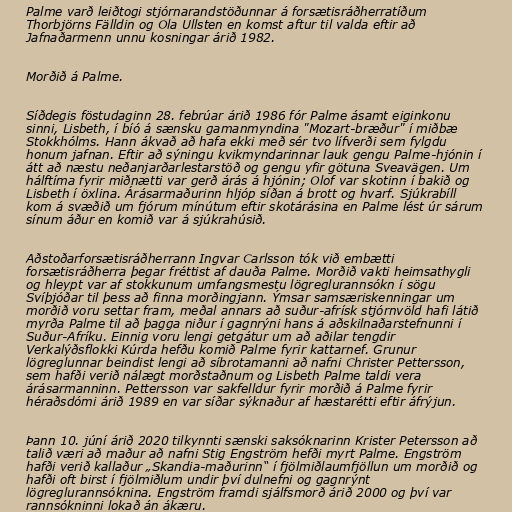
Palme varð leiðtogi stjórnarandstöðunnar á forsætisráðherratíðum
Thorbjörns Fälldin og Ola Ullsten en komst aftur til valda eftir að
Jafnaðarmenn unnu kosningar árið 1982.

Morðið á Palme.

Síðdegis föstudaginn 28. febrúar árið 1986 fór Palme ásamt eiginkonu
sinni, Lisbeth, í bíó á sænsku gamanmyndina "Mozart-bræður" í miðbæ
Stokkhólms. Hann ákvað að hafa ekki með sér tvo lífverði sem fylgdu
honum jafnan. Eftir að sýningu kvikmyndarinnar lauk gengu Palme-hjónin í
átt að næstu neðanjarðarlestarstöð og gengu yfir götuna Sveavägen. Um
hálftíma fyrir miðnætti var gerð árás á hjónin; Olof var skotinn í bakið og
Lisbeth í öxlina. Árásarmaðurinn hljóp síðan á brott og hvarf. Sjúkrabíll
kom á svæðið um fjórum mínútum eftir skotárásina en Palme lést úr sárum
sínum áður en komið var á sjúkrahúsið.

Aðstoðarforsætisráðherrann Ingvar Carlsson tók við embætti
forsætisráðherra þegar fréttist af dauða Palme. Morðið vakti heimsathygli
og hleypt var af stokkunum umfangsmestu lögreglurannsókn í sögu
Svíþjóðar til þess að finna morðingjann. Ýmsar samsæriskenningar um
morðið voru settar fram, meðal annars að suður-afrísk stjórnvöld hafi látið
myrða Palme til að þagga niður í gagnrýni hans á aðskilnaðarstefnunni í
Suður-Afríku. Einnig voru lengi getgátur um að aðilar tengdir
Verkalýðsflokki Kúrda hefðu komið Palme fyrir kattarnef. Grunur
lögreglunnar beindist lengi að síbrotamanni að nafni Christer Pettersson,
sem hafði verið nálægt morðstaðnum og Lisbeth Palme taldi vera
árásarmanninn. Pettersson var sakfelldur fyrir morðið á Palme fyrir
héraðsdómi árið 1989 en var síðar sýknaður af hæstarétti eftir áfrýjun.

Þann 10. júní árið 2020 tilkynnti sænski saksóknarinn Krister Petersson að
talið væri að maður að nafni Stig Engström hefði myrt Palme. Engström
hafði verið kallaður „Skandia-maðurinn“ í fjölmiðlaumfjöllun um morðið og
hafði oft birst í fjölmiðlum undir því dulnefni og gagnrýnt
lögreglurannsóknina. Engström framdi sjálfsmorð árið 2000 og því var
rannsókninni lokað án ákæru.